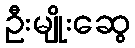
ဦးမျိုးဆွေ